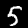
Label: 5